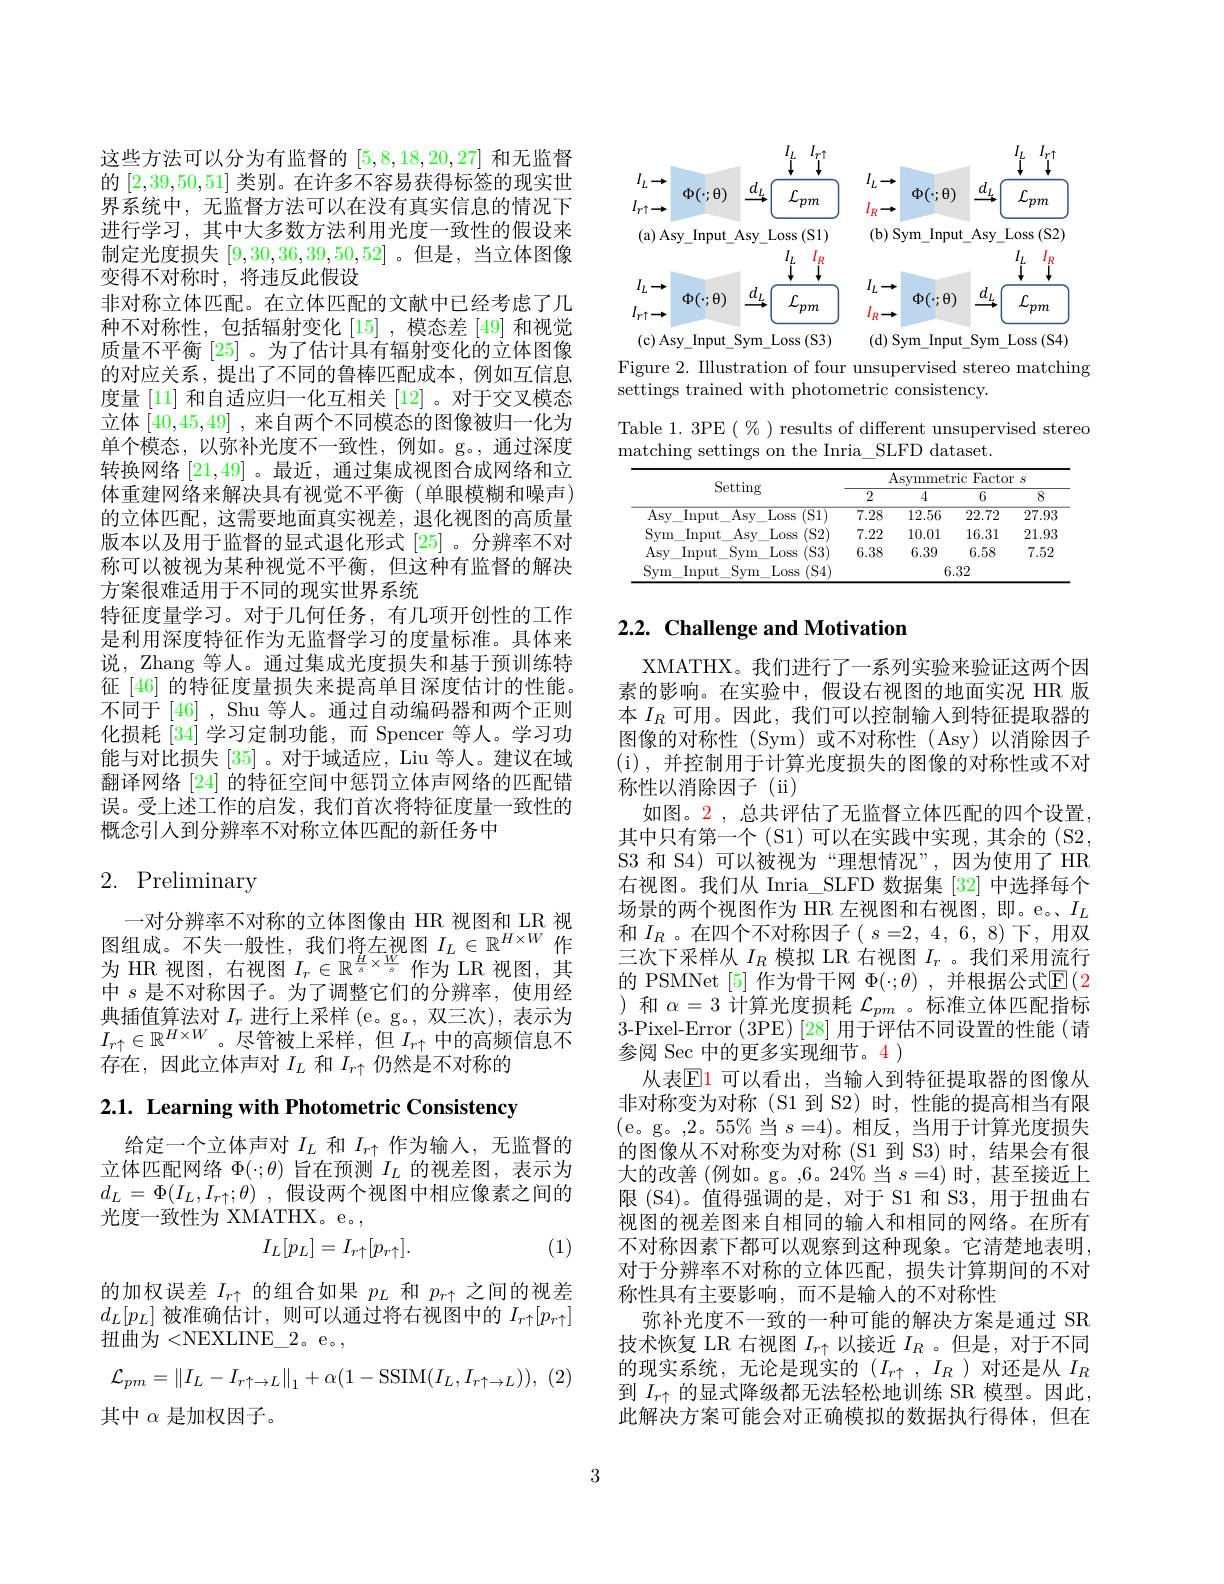
这些方法可以分为有监督的[5,8,18,20,27]和无监督的[2,39,50,51]类别。在许多不容易获得标签的现实世界系统中，无监督方法可以在没有真实信息的情况下进行学习，其中大多数方法利用光度一致性的假设来制定光度损失[9,30,36,39,50,52] 。但是，当立体图像变得不对称时，将违反此假设
非对称立体匹配。在立体匹配的文献中已经考虑了几种不对称性，包括辐射变化[15],模态差[49] 和视觉质量不平衡[25] 。为了估计具有辐射变化的立体图像的对应关系，提出了不同的鲁棒匹配成本，例如互信息度量 [11] 和自适应归一化互相关 [12] 。对于交叉模态立体[40,45,49] ,来自两个不同模态的图像被归一化为单个模态，以弥补光度不一致性，例如。g。,通过深度转换网络[21,49] 。最近 , 通过集成视图合成网络和立体重建网络来解决具有视觉不平衡(单眼模糊和噪声) 的立体匹配，这需要地面真实视差，退化视图的高质量版本以及用于监督的显式退化形式[25] 。分辨率不对称可以被视为某种视觉不平衡，但这种有监督的解决方案很难适用于不同的现实世界系统
特征度量学习。对于几何任务，有几项开创性的工作是利用深度特征作为无监督学习的度量标准。具体来说，Zhang 等人。通过集成光度损失和基于预训练特征 [46] 的特征度量损失来提高单目深度估计的性能。不同于[46] , Shu 等人。通过自动编码器和两个正则化损耗 [34] 学习定制功能，而 Spencer 等人。学习功能与对比损失[35] 。对于域适应，Liu 等人。建议在域翻译网络[24]的特征空间中惩罚立体声网络的匹配错误。受上述工作的启发，我们首次将特征度量一致性的概念引人到分辨率不对称立体匹配的新任务中

# 2. Preliminary

一对分辨率不对称的立体图像由 HR 视图和 LR 视图组成。不失一般性，我们将左视图$I_L\in\mathbb{R}^{H\times W}$作为 HR 视图，右视图$I_r\in\mathbb{R}^\frac Hs\times\frac Ws$作为 LR 视图，其中$s$是不对称因子。为了调整它们的分辨率，使用经典插值算法对$I_r$进行上采样 (e。g。,双三次),表示为$I_{r\uparrow}\in\mathbb{R}^{H\times W}$。尽管被上采样，但$I_r\uparrow$中的高频信息不存在，因此立体声对$I_L$和$I_r\uparrow$仍然是不对称的

2.1. Learning with Photometric Consistency

给定一个立体声对$I_L$和$I_{r\uparrow}$作为输入，无监督的立体匹配网络$\Phi(\cdot;\theta)$旨在预测$I_L$的视差图，表示为$d_L= \Phi ( I_L, I_{r\uparrow }; \theta )$ ,假设两个视图中相应像素之间的$\bar{\text{光度一致性为 XMATHX。e。}}$,

(1)
$$I_L[p_L]=I_{r\uparrow}[p_{r\uparrow}].$$
的加权误差$I_r\uparrow$的组合如果$p_L$和$p_{r\uparrow}$之间的视差$d_L[p_L]$被准确估计，则可以通过将右视图中的$I_r\uparrow[p_{r\uparrow}]$ 扭曲为<NEXLINE\_2。e。
$$\mathcal{L}_{pm}=\left\|I_L-I_{r\uparrow\to L}\right\|_1+\alpha(1-\mathrm{SSIM}(I_L,I_{r\uparrow\to L})),$$
其中$\alpha$是加权因子。

$\begin{array}{cc}{I_L}&I_{r\uparrow}\\\downarrow&\downarrow\end{array}$
$\begin{array}{cc}{I_{L}}&{I_{r\uparrow}}\\{\downarrow}&{\downarrow}\end{array}$
$I_{L}\to$
$I_{L}\to$
$\begin{array}{cc}{{}^{I_{L}\rightarrow}}&{\Phi(\cdot;\theta)}&{\xrightarrow{d_{L}}}\\{{}l_{r\uparrow\rightarrow}}&{\Phi(\cdot;\theta)}&{\xrightarrow{d_{L}}}{\underbrace{{{\mathcal L}_{pm}}}}\end{array}$
( b) Sym$\_$Input$\_$Asy$\_$Loss( S2)
( a) Asy$\_$Input$\_$Asy$\_$Loss( S1)
$\begin{array}{cc}{I_L}&{I_R}\\\downarrow&\downarrow\end{array}$
$\begin{array}{cc}{I_{L}}&{I_{R}}\\{\downarrow}&{\downarrow}\end{array}$
$\begin{array}{cc}{I_{L}\rightarrow}&{\Phi(\cdot;\theta)}&{\stackrel{d_{L}}{\longrightarrow}}\overbrace{{\mathcal{L}_{pm}}}\\{I_{r\uparrow}\rightarrow}&{\Phi(\cdot;\theta)}&{\stackrel{d_{L}}{\longrightarrow}}\overbrace{{\mathcal{L}_{pm}}}\end{array}$
$\begin{array}{ccc}{I_{L}\to}&{\Phi(\cdot;\theta)}&{\xrightarrow{d_{L}}}\overbrace{{\mathcal{L}_{pm}}}\\{I_{R}\to}&{\Phi(\cdot;\theta)}&{\xrightarrow{d_{L}}}\overbrace{{\mathcal{L}_{pm}}}\end{array}$
( c) Asy$\_$Input$\_$Sym$\_$Loss ( S3)
( d) Sym$\_$Input$\_$Sym$\_$Loss ( S4)

Figure 2. Illustration of four unsupervised stereo matching
settings trained with photometric consistency.

Table 1. 3PE $(\begin{smallmatrix}\%&\text{) results of different unsupervised stereo}\end{smallmatrix}$
matching settings on the Inria\_SLFD dataset.

<table>
	<tbody>
		<tr>
			<th rowspan="2">Setting</th>
			<th colspan="4">Asymmetric :Factor $s$</th>
		</tr>
		<tr>
			<th>2</th>
			<th>4</th>
			<th>6</th>
			<th>$\overline{8}$</th>
		</tr>
		<tr>
			<td>$\overline{\mathrm{Asy}}$ Input $\overline{\mathrm{Asy}}$ $\overline{\mathrm{Loss}}$ $\overline{(\text{S}1)}$</td>
			<td>$\overline{7.28}$</td>
			<td>12.56</td>
			<td>22.72</td>
			<td>$\overline{27.93}$</td>
		</tr>
		<tr>
			<td>Sym $Asy.$ Loss (S2) Input</td>
			<td>7.22</td>
			<td>10.01</td>
			<td>16.31</td>
			<td>21.93</td>
		</tr>
		<tr>
			<td>Asy Input Loss (S3) Sym</td>
			<td>6.38</td>
			<td>6.39</td>
			<td>6.58</td>
			<td>7.52</td>
		</tr>
		<tr>
			<td>Loss (S4) Svm Input Sym</td>
			<td> </td>
			<td colspan="3">6.32</td>
		</tr>
	</tbody>
</table>

# 2.2. Challenge and Motivation

XMATHX。我们进行了一系列实验来验证这两个因素的影响。在实验中，假设右视图的地面实况 HR 版本$I_R$可用。因此，我们可以控制输人到特征提取器的图像的对称性 (Sym)或不对称性 (Asy)以消除因子( i) , 并控制用于计算光度损失的图像的对称性或不对称性以消除因子(ii)
如图。2, 总共评估了无监督立体匹配的四个设置其中只有第一个(S1)可以在实践中实现，其余的(S2, S3 和 S4)可以被视为“理想情况”,因为使用了HR 右视图。我们从 Inria\_SLFD 数据集 [32] 中选择每个场景的两个视图作为 HR 左视图和右视图，即。e。$I_L$ 和$I_R$ 。在四个不对称因子( $s=2$, 4, 6, 8)下，用双三次下采样从$I_R$模拟 LR 右视图$I_r$ 。我们采用流行的 PSMNet [5]作为骨干网$\Phi(\cdot;\theta)$,并根据公式$\mathbb{E}(2$ )和$\alpha=3$计算光度损耗$\mathcal{L}_pm$ 。标准立体匹配指标3-Pixel-Error (3PE) [28] 用于评估不同设置的性能 (请参阅 Sec 中的更多实现细节。4 )
从表$\mathbb{E}$1 可以看出，当输入到特征提取器的图像从非对称变为对称(S1 到 S2)时，性能的提高相当有限(e。g。,2。55%当$s=4)$。相反，当用于计算光度损失的图像从不对称变为对称 (S1 到 S3)时，结果会有很大的改善 (例如。g。,6。24% 当$s=4)$时，甚至接近上限 (S4)。值得强调的是，对于 S1 和 S3, 用于扭曲右视图的视差图来自相同的输人和相同的网络。在所有不对称因素下都可以观察到这种现象。它清楚地表明， 对于分辨率不对称的立体匹配，损失计算期间的不对称性具有主要影响，而不是输人的不对称性
弥补光度不一致的一种可能的解决方案是通过 SR 技术恢复 LR 右视图$I_{r\uparrow}$以接近$I_R$ 。但是，对于不同的现实系统，无论是现实的$(I_{r\uparrow},I_R)$对还是从$I_R$ 到$I_{r\uparrow}$的显式降级都无法轻松地训练 SR 模型。因此， 此解决方案可能会对正确模拟的数据执行得体，但在

3